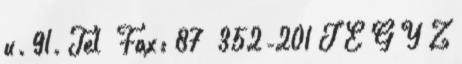
u. 91. Tel Fax: 87 352-201 J E G Y Z